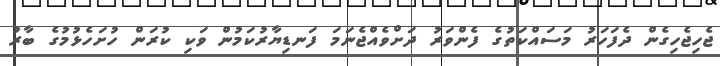
ޖެހިޖެހިގެން ދެފަހަރު މަސައްކަތުގެ ފެންވަރު ދަށްވެއްޖެނަމަަ ފަނޑިޔާރުކަމުން ވަކި ކުރަން ހުށަހެޅުމުގެ ބާރު